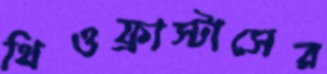
থিওফ্রাস্টাসের